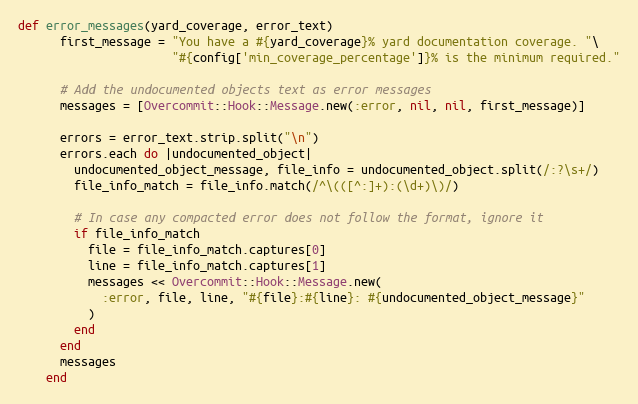
Language: Ruby
def error_messages(yard_coverage, error_text)
      first_message = "You have a #{yard_coverage}% yard documentation coverage. "\
                      "#{config['min_coverage_percentage']}% is the minimum required."

      # Add the undocumented objects text as error messages
      messages = [Overcommit::Hook::Message.new(:error, nil, nil, first_message)]

      errors = error_text.strip.split("\n")
      errors.each do |undocumented_object|
        undocumented_object_message, file_info = undocumented_object.split(/:?\s+/)
        file_info_match = file_info.match(/^\(([^:]+):(\d+)\)/)

        # In case any compacted error does not follow the format, ignore it
        if file_info_match
          file = file_info_match.captures[0]
          line = file_info_match.captures[1]
          messages << Overcommit::Hook::Message.new(
            :error, file, line, "#{file}:#{line}: #{undocumented_object_message}"
          )
        end
      end
      messages
    end